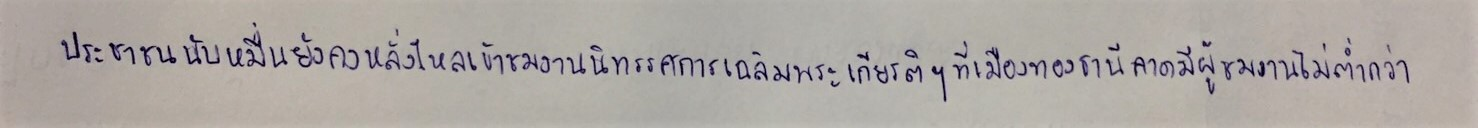
ประชาชนนับหมื่นยังคงหลั่งไหลเข้าชมงานนิทรรศการเฉลิมพระเกียรติฯที่เมืองทองธานีคาดมีผู้เข้าชมงานไม่ต่ำกว่า